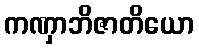
ကဏှာဘိဇာတိယော